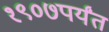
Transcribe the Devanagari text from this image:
१९०७पर्यंत